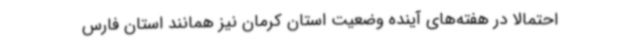
احتمالا در هفته‌های آینده وضعیت استان کرمان نیز همانند استان فارس